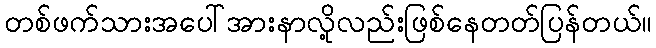
တစ်ဖက်သားအပေါ်အားနာလို့လည်းဖြစ်နေတတ်ပြန်တယ်။